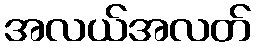
အလယ်အလတ်